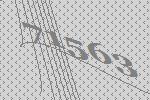
71563